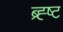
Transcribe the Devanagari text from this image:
ब्र्ह्ष्ट